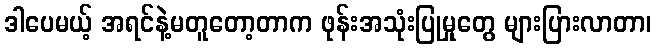
ဒါပေမယ့် အရင်နဲ့မတူတော့တာက ဖုန်းအသုံးပြုမှုတွေ များပြားလာတာ၊